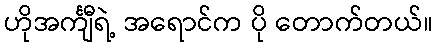
ဟိုအင်္ကျီရဲ့ အရောင်က ပို တောက်တယ်။